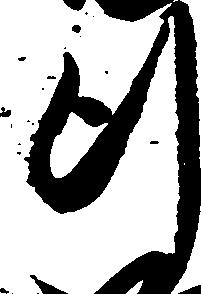
行